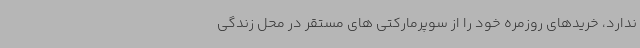
ندارد، خریدهای روزمره خود را از سوپرمارکتی های مستقر در محل زندگی